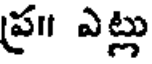
ప్ర॥ ఎట్లు